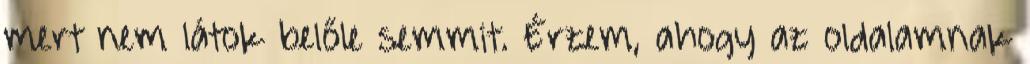
mert nem látok belőle semmit. Érzem, ahogy az oldalamnak